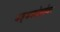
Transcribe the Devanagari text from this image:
बद्धकोष्ठतेवर